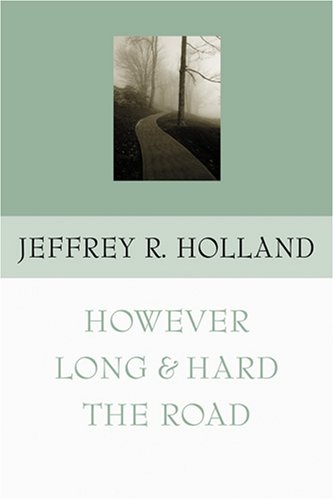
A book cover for However Long & Hard the Road; Jeffrey R. Holland; Christian Books & Bibles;